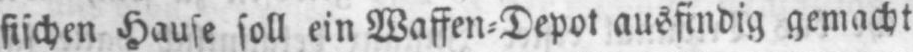
sischen Hause soll ein Waffen⸗Depot ausfindig gemacht